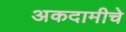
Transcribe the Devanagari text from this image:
अकदामीचे